King Institute of Preventive Medicine Micro-Biological Section reports 1909-11
Year: 1909
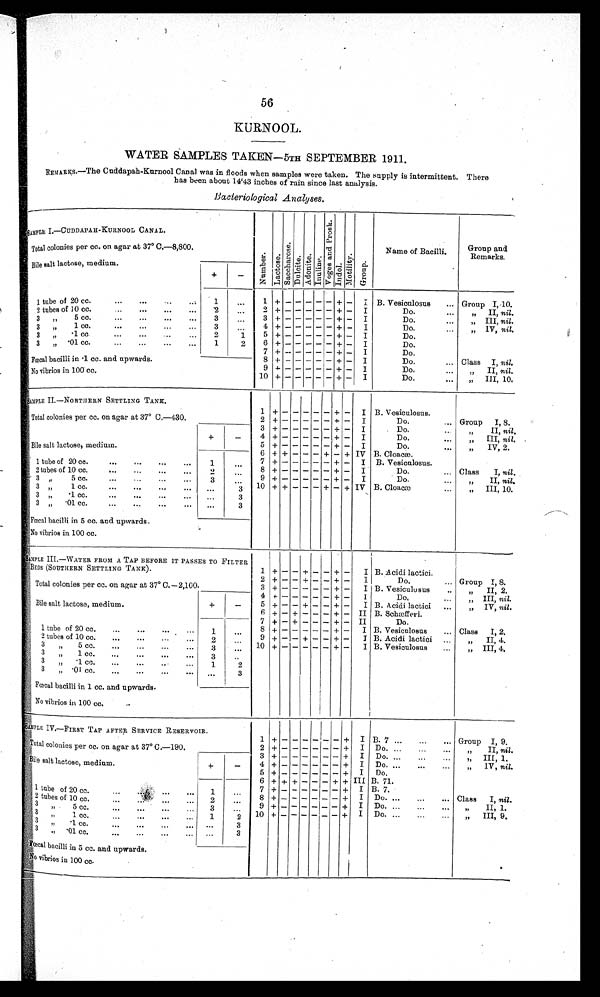
56
KURNOOL.
WATER SAMPLES TAKEN—5TH SEPTEMBER 1911.
REMAKS.—The Cuddapah-Kurnool Canal was in floods when samples were taken. The supply is intermittent. There
has been about 14.43 inches of rain since last analysis.
Bacteriological Analyses.
SAMPLE I.—CUDDAPAH-KURNOOL CANAL.
N u m b e r .
L a c t o s e .
S a c c h a r o s e .
D u l c i t e .
A d o n i t e .
I n u l i n e .
V o g e s a n d P r o s k .
I n d o l .
M o d a l i t y .
G r o u p .
Name of Bacilli.
Group and
Remarks.
Total colonies per cc. on agar at 37° C.—8,800.
Bile salt lactose, medium.
+
-
1 tube of 20 cc.
1
. . .
1 + -
- - - - + - I B. Vesiculosus
... Group I, 10.
2 + -
- - - - + - I
Do.
...
„ II, nil.
2 tubes of 10 cc.
2
. . . 3
+ -
- - - - + - I
Do.
...
„ III, nil.
3 „ 5 cc.
3
. . .
4
+ -
- - - - + - I
Do.
...
„ IV, nil.
3 „ 1 cc.
...
...
...
...
3
. . .
5
+ -
- - - - + - I
Do.
3 „ 1 cc
...
...
...
2
1
6
+ -
- - - - + - I
Do.
3 „ .01 cc ...
1 2
7 + - - - - - + - I
Do.
Fœcal bacilli in .1 cc. and upwards.
8 + - - - - - + - I
Do.
... Class I, nil.
9
+ -
- - - - + - I
Do.
„ II, nil.
No vibrios in 100 cc.
10 + -
- - - - + - I
Do.
„ I I I , 1 0 .
SAMPLE II.—NORTHERN SETTLING TANK.
1 +
- - - - -
+ - I B. Vesiculosus.
Total colonies per cc. on agar at 37° C.—430.
2 + - - - - - + - I
Do. ... Group I, 8.
3 + - - - - - + - I
Do.
..
„ II, nil.
Bile salt lactose, medium.
+
-
4 + - - - - - + - I
Do.
„ III, nil.
5 + - - - - - + - I
Do.
„ IV, 2.
6 + + - - - + - + IV B. Cloacæ.
1 tube of 20 cc.
...
...
...
...
1
...
7 + - - - - - + - I B. Vesiculosus.
8 + - - - - - + - I
Do.
... Class I, nil.
2 tubes of 10 cc.
. . .
2
. . .
9 + - - - - - + - I
Do.
„ II, nil.
3 „ 5 cc.
...
3
. . . 10 + + - - - + - + IV B. Cloacæ
„ III, 10.
3 „ 1 cc.
...
...
...
...
. . .
3
3 „ .1 cc.
...
...
...
...
...
3
3 „ .01 cc.
...
...
...
...
...
3
Fœcal bacilli in 5 cc, and upwards.
No vibrios in 100 cc.
S A M P L E I I I . — W A T E R F R O M A T A P B E F O R E I T P A S S E S T O F I L T E R
BEDS (SOUTHERN SETTLING TANK).
1 + -
- + - - + - I B. Acidi lactici.
Total colonies per cc. on agar at 37° C.—2,100.
2 + - - + - - + - I
Do.
... Group I, 8.
3 + -
- - - - + - I B. Vesiculosus
„ II, 2.
Bile salt lactose, medium.
+
-
4 + -
- - - - + - I
Do. ...
„ III, nil.
5 + - - + - - + - I B. Acidi lactici ...
„ IV, nil.
6 + - + - - - + - II B. Schæfferi.
7 + - + - - - + - II
Do.
1 tube of 20 cc.
...
...
...
. . .
1
. . .
8 + -
- - - - + - I B. Vesiculosus
... Class I, 2.
9 + - - + - - + - I B. Acidi lactici ...
„ II, 4.
2 t u b e s o f 1 0 c c .
. . .
. . .
. . .
. . .
. . .
2
. . .
1 0
+ -
- - - - + - I B. Vesiculosus
...
„ III, 4.
3 „ 5 c c .
3
. . .
3 „ 1 c c .
3
. . .
3 „ .1 cc.
...
...
1
2
3 „ .01 cc.
...
...
...
... ...
3
Fœcal bacilli in 1 cc. and upwards
No vibrios in 100 cc.
S A M P L E I V . — F I R S T T A P A F T E R S E R V I C E R E S E R V O I R .
1
+ -
- - - - -
+ I B. 7 ...
. . . Group I, 9.
Total colonies per cc. on agar at 37° C.—190.
2 + -
- - - - - + I Do. ...
...
. . .
„ II, nil.
3 + -
- - - - - + I Do. ...
...
...
„ III, 1.
Bile, salt lactose, medium.
+
-
4 + -
- - - - - + I Do. ...
...
...
„ IV, nil.
5 + -
- - - - - + I D o .
6 + + + - - - + + III B. 71.
1 tube of 20 cc.
...
...
1
. . .
7 + - - - - - - +
I
B . 7
8 + - - - - - - + I Do. ...
... Class I, nil.
2 t u b e s o f 1 0 c c .
. . .
. . .
2
...
9 + - - - - - - + I Do. ...
...
...
„ II, 1.
3 „ 5 cc.
...
...
...
. . . 3
. . .
1 0 + - - - - - - + I Do. ...
...
...
„ III, 9.
3 „ 1 cc.
...
...
...
...
1
2
3 „ .1 cc.
...
...
...
. . .
. . .
3
3 „ .01 cc....
...
...
. . .
. . .
3
F œ c a l b a c i l l i i n 5 c c . a n d u p w a r d s .
N o v i b r i o s i n 1 0 0 c c .